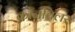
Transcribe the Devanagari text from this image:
कॉनविलर